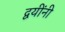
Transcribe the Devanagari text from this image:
द्वयींनी